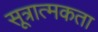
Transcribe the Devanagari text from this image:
सूत्रात्मकता